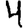
Digit: 4